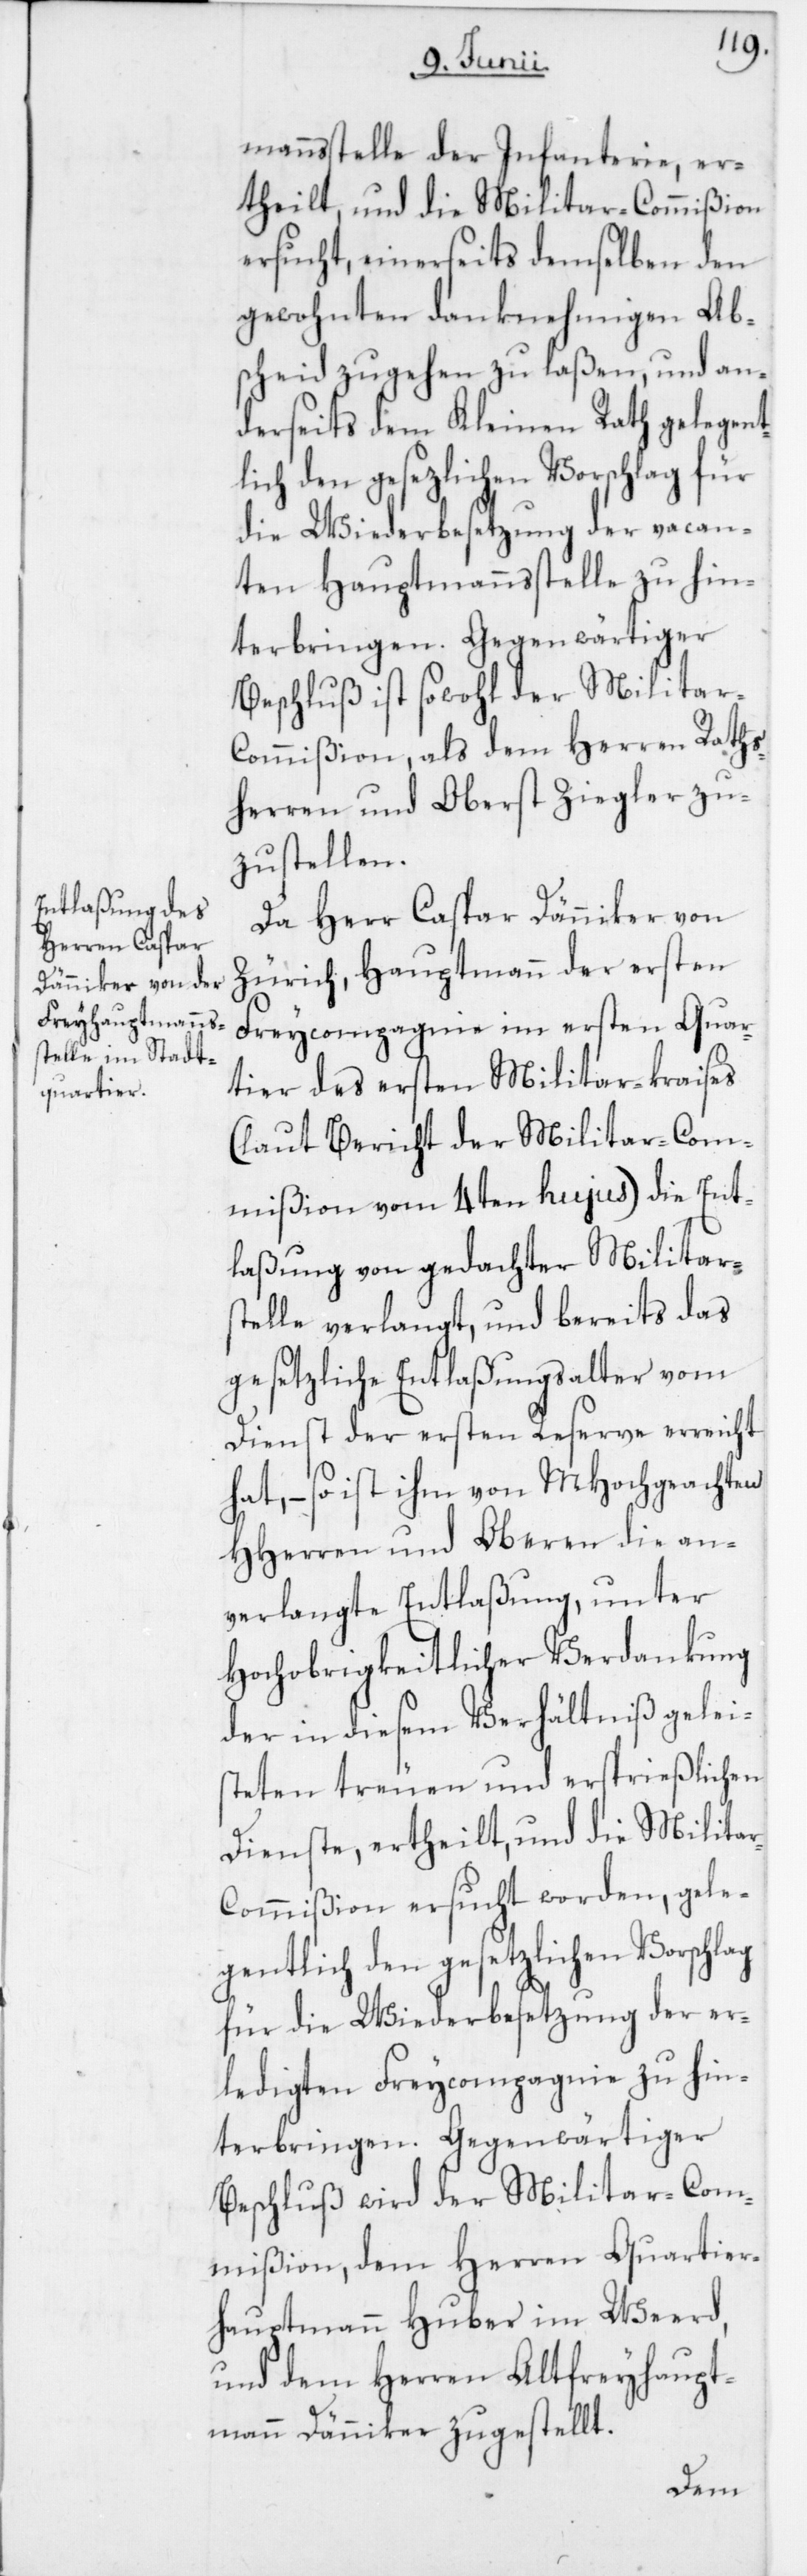
mannsstelle der Infanterie, er¬
theilt, und die Militar-Commißion
ersucht, einerseits demselben den
gewohnten danknehmigen Ab¬
scheid zugehen zu laßen, und an¬
derseits dem Kleinen Rath gelegent¬
lich den gesezlichen Vorschlag für
die Wiederbesetzung der vacan¬
ten Hauptmannsstelle zu hin¬
terbringen. Gegenwärtiger
Beschluß ist sowohl der Militar-C¬
ommißion als dem Herren Raths¬
herren und Oberst Ziegler zu¬
zustellen.
Da Herr Caspar Dänniker von
Zürich, Hauptmann der ersten
Freycompagnie im ersten Quar¬
tier des ersten Militarkraises
(laut Bericht der Militar-Com¬
mißion vom 4ten hujus) die Ent¬
laßung von gedachter Militars¬
telle verlangt, und bereits das
gesetzliche Entlaßungsalter vom
Dienst der ersten Reserve erreicht
hat, – so ist ihm von MHochgeachten
HHerren und Oberen die an¬
verlangte Entlaßung, unter
Hochobrigkeitlicher Verdankung
der in diesem Verhältniß gelei¬
steten treuen und ersprießlichen
Dienste, ertheilt, und die Milita¬
r-Commißion ersucht worden, gele¬
gentlich den gesetzlichen Vorschlag
für die Wiederbesetzung der er¬
ledigten Freycompagnie zu
Beschluß wird der Militar-Com¬
mißion, dem Herren Quartier¬
hauptmann Huber im Weerd,
und dem Herren Altfreyhaupt¬
mann Dänniker zugestellt.